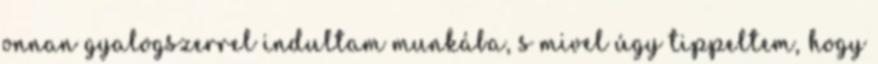
onnan gyalogszerrel indultam munkába, s mivel úgy tippeltem, hogy